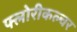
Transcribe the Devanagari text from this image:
फ्लोरीकल्चर